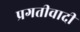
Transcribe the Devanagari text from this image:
प्रगतीवादी